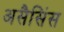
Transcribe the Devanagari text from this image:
असैसिंस